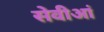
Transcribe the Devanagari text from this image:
सेवीआं